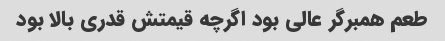
طعم همبرگر عالی بود اگرچه قیمتش قدری بالا بود